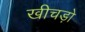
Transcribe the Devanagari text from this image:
खीचड़ो